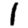
Digit: 1